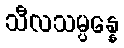
သီလသမ္ပန္နေ